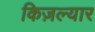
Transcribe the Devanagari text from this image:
किज़ल्यार